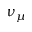
\nu _ { \mu }